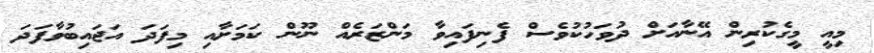
މިއީ މީގެކުރިން އޭނާއަށް ދުވަހުކުވެސް ފެނިފައިވާ މަންޒަރެއް ނޫން ކަމަށާއި މިފަދަ އަޖައިބުވާފަދަ